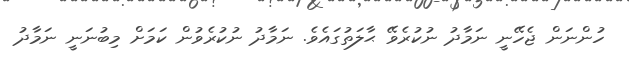
ހުންނަން ޖެހޭނީ ނަމާދު ނުކުރެވޭ ޙާލަތުގައެވެ. ނަމާދު ނުކުރެވުން ކަމަށް މިބުނަނީ ނަމާދު